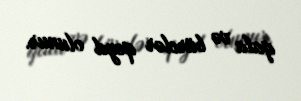
qala və bürclər qeyd olunur.